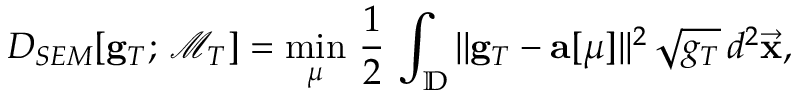
D _ { S E M } [ { \bf g } _ { T } ; \, \mathcal { M } _ { T } ] = \operatorname* { m i n } _ { \mu } \, \frac { 1 } { 2 } \, \int _ { \mathbb { D } } | | { \bf g } _ { T } - { \bf a } [ \mu ] | | ^ { 2 } \, \sqrt { g _ { T } } \, d ^ { 2 } \vec { \bf x } ,